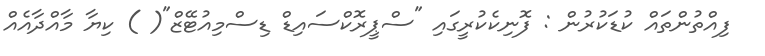
ފިއްތުންތައް ކުޑަކުރުން : ފޮނިކެކުރީގައި "ސްޕީރޮކްސައިޑް ޑިސްމިއުޓޭޒް"( ) ކިޔާ މާއްދާއެއް